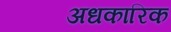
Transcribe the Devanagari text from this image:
अधकारिक